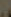
.